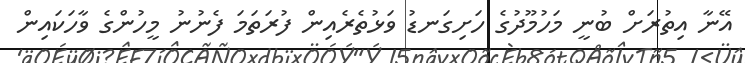
އޭނާ އިތުރަށް ބުނީ މަހުމޫދުގެ ހަށިގަނޑު ވަޅުތެރެއިން ފުރަތަމަ ފެނުނު މީހުންގެ ވާހަކައިން